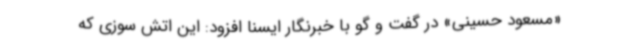
«مسعود حسینی» در گفت و گو با خبرنگار ایسنا افزود: این اتش سوزی که